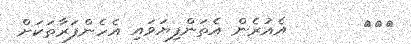
١٠٨       އެއުރެން އެތަންފިޔަވައި އެހެންފަރާތަކަށް